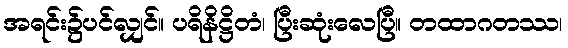
အရင်း၌ပင်လျှင်။ ပရိနိဋ္ဌိတံ၊ ပြီးဆုံးလေပြီ။ တထာဂတဿ၊